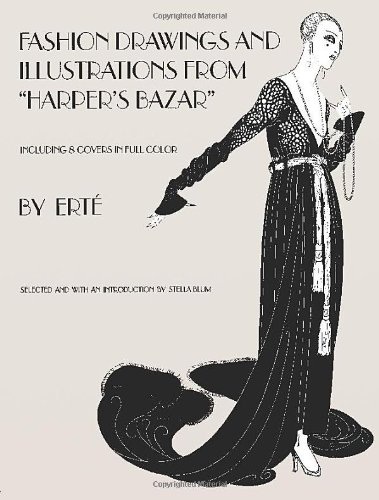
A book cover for Designs by ErtÃ©: Fashion Drawings and Illustrations from "Harper's Bazar"; ErtÃ©; Crafts, Hobbies & Home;